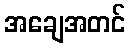
အချေအတင်